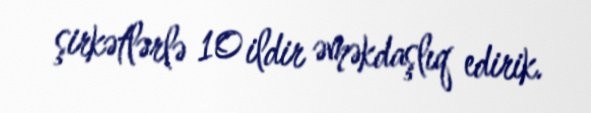
şirkətlərlə 10 ildir əməkdaşlıq edirik.